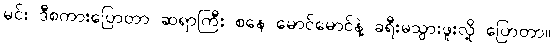
မင်း ဒီစကားပြောတာ ဆရာကြီး စနေ မောင်မောင်နဲ့ ခရီးမသွားဖူးလို့ ပြောတာ။